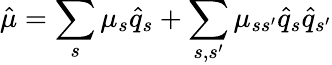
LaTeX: \hat{\mu}=\sum_{s}\mu_{s}\hat{q}_{s}+\sum_{s,s^{\prime}}\mu_{ss^{\prime}}\hat{q}_{s}\hat{q}_{s^{\prime}}